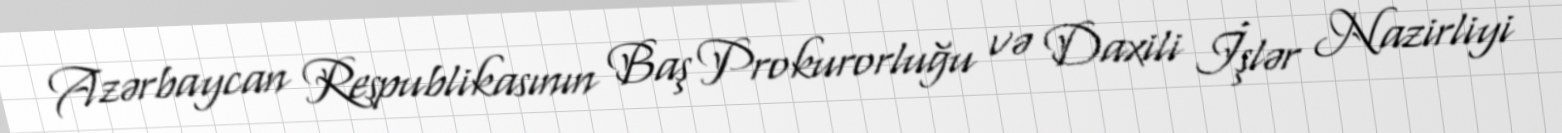
Azərbaycan Respublikasının Baş Prokurorluğu və Daxili İşlər Nazirliyi